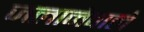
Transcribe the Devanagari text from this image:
जलानेवाले